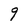
Character: 9